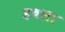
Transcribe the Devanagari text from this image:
डबला